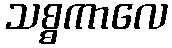
သစ္စကာလေ